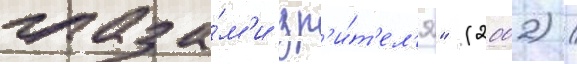
глаза́м'и зр'и́т'ел'я" (2002) /